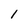
Character: 1